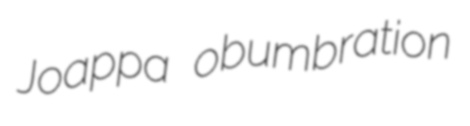
Joappa obumbration